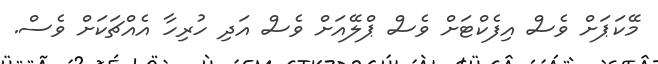
މޭކަޕަށް ވެސް އިފެކްޓަށް ވެސް ޕްލޭއަށް ވެސް އަދި ހުރިހާ އެއްޗަކަށް ވެސް.